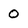
Character: 0